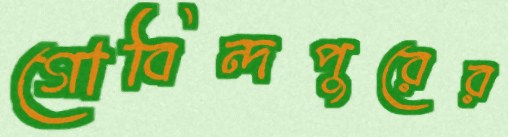
গোবিন্দপুরের